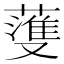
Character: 𫉯